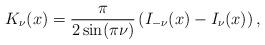
LaTeX: \begin{align*}K_\nu(x)=\frac{\pi}{2\sin(\pi\nu)}\left(I_{-\nu}(x)-I_\nu(x)\right),\end{align*}